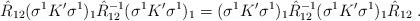
LaTeX: \begin{align*}\hat{R}_{12} (\sigma^{1} K' \sigma^{1})_{1} \hat{R}_{12}^{-1} (\sigma^{1} K'\sigma^{1})_{1} = (\sigma^{1} K' \sigma^{1})_{1} \hat{R}_{12}^{-1}(\sigma^{1} K' \sigma^{1})_{1} \hat{R}_{12}\;.\end{align*}